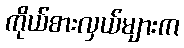
ကိုယ်စားလှယ်များက